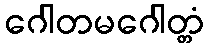
ဂေါတမဂေါတ္တံ